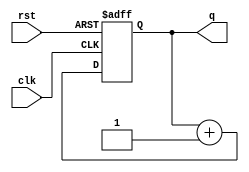
`default_nettype none
// `timescale 1ns/1ns

module counter(
    input wire clk, rst,
    output reg [3:0] q
);

    always @ (posedge clk or negedge rst) begin
        if (!rst) begin
            q <= 4'b0;
        end
        else begin
            q <= q + 4'b1;
        end
    end

endmodule